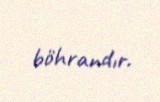
böhrandır.